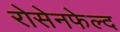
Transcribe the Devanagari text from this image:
रोसेनफेल्द